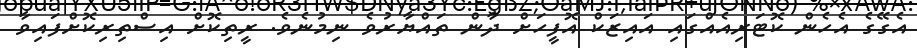
އެގޭގެ އެހެން ކޮޓަރިއެއްގައި އައިޒަކް އޮފީހަށް ދާން ތައްޔާރުވެ ނިމުނެވެ. ރީތިކޮށް އިސްތިރިކޮށްފައިވާ